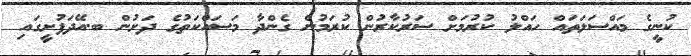
ކުނީގެ މައްސަލަތައް ހައްލު ކުރުމަށް ސަރުކާރުން ކުރަމުން ގެންދާ މަސައްކަތުގެ ދަށުން ބ.އޭދަފުށީގައި